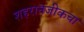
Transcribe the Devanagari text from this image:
शहरानजीकचा